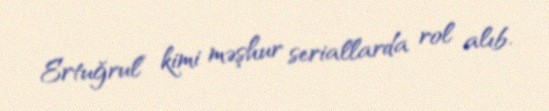
Ertuğrul” kimi məşhur seriallarda rol alıb.